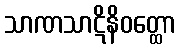
သာဏသာဋိနိဝတ္ထော